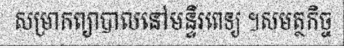
សម្រាកព្យាបាលនៅមន្ទីរពេទ្យ ។សមត្ថកិច្ច